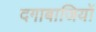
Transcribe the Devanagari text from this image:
दगाबाजियों